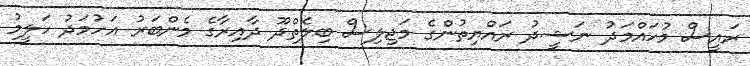
ރައީސް މުހައްމަދު ނަޝީދު ރައްޔިތުންގެ މަޖިލިސް ބިލެތްދޫ ދާއިރާގެ މެންބަރު އަހުމަދު ހަލީމު